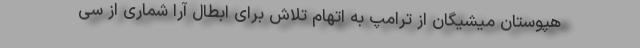
هپوستان میشیگان از ترامپ به اتهام تلاش برای ابطال آرا شماری از سی